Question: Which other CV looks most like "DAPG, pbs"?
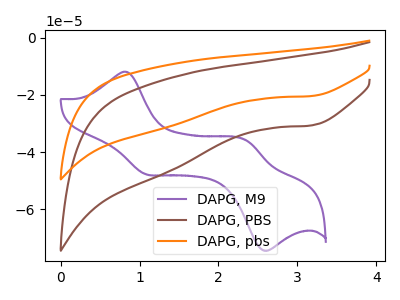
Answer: <think>The purple curve "DAPG, M9" has anodic peaks at (0.85V, -12.00uA) (2.35V, -35.95uA) and cathodic peaks at (1.10V, -47.65uA) (2.55V, -74.20uA). The brown curve "DAPG, PBS" has a cathodic peak at: (3.20V, -30.65uA). The orange curve "DAPG, pbs" has a cathodic peak at: (3.20V, -20.40uA).
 "DAPG, M9" and "DAPG, PBS" have a different number of peaks. "DAPG, M9" and "DAPG, pbs" have a different number of peaks. All the peaks in "DAPG, PBS" have a peak in "DAPG, pbs" at the same potential. Every peak in "DAPG, PBS" is higher than every peak in "DAPG, pbs".</think>
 <answer>The CV with the most similar shape to "DAPG, PBS" is "DAPG, pbs".</answer>
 <eval>"DAPG, pbs"</eval>